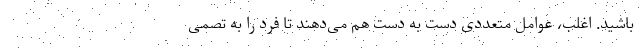
باشید. اغلب، عوامل متعددی دست به دست هم می‌دهند تا فرد را به تصمی